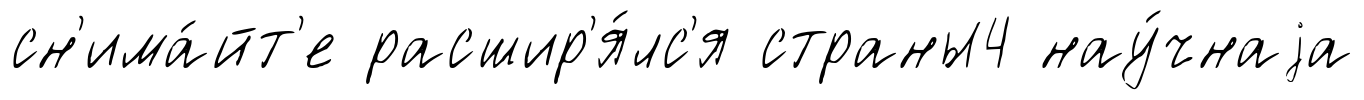
сн'има́йт'е расшир'я́лс'я страны4 нау́чнаjа